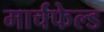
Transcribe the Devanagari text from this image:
मार्चफेल्ड